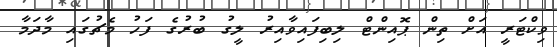
ވިކްޓަރީ އަށް ތިން ޕޮއިންޓް ލިބިފައިވާއިރު ލީގު ބުރުގެ ފަހު މެޗުގައި މާދަމާ